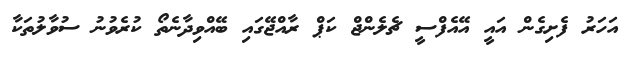
އަހަރު ފެށިގެން އައީ އޭއެފްސީ ޗެލެންޖް ކަޕް ރާއްޖޭގައި ބޭއްވިދާނެތޯ ކުރެވުނު ސުވާލުތަކާ